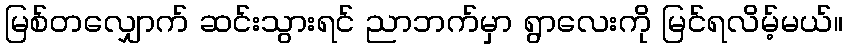
မြစ်တလျှောက် ဆင်းသွားရင် ညာဘက်မှာ ရွာလေးကို မြင်ရလိမ့်မယ်။